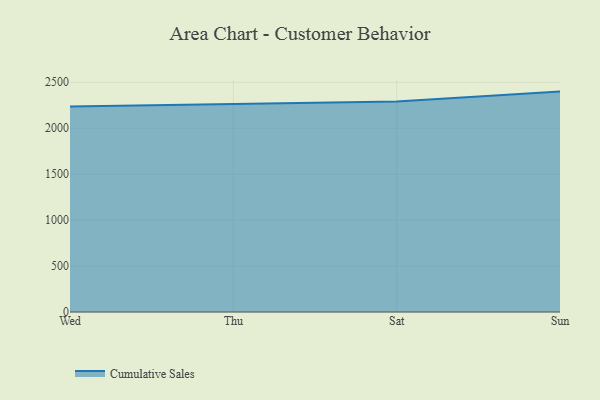
{"axis": {"x": "Day", "y": "Latency (ms)"}, "legend": ["Cumulative Sales"], "data": [{"x": "Wed", "y": 2235.1, "type": "Cumulative Sales"}, {"x": "Thu", "y": 2259.5, "type": "Cumulative Sales"}, {"x": "Sat", "y": 2289.9, "type": "Cumulative Sales"}, {"x": "Sun", "y": 2398.5, "type": "Cumulative Sales"}]}